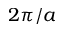
2 \pi / a